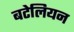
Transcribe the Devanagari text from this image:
बटेलियन